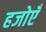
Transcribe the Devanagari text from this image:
हजोएँ